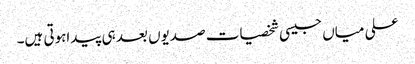
علی میاں جیسی شخصیات صدیوں بعد ہی پیداہوتی ہیں۔